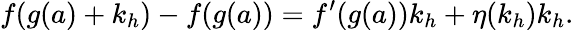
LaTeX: f(g(a)+k_{h})-f(g(a))=f^{\prime}(g(a))k_{h}+\eta(k_{h})k_{h}.